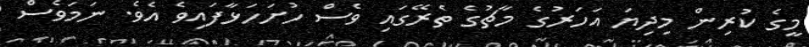
މީގެ ކުރިން މިދިޔަ އަހަރުގެ މާޗުގެ ތެރޭގައި ވެސް ހުށަހަޅާފައިވެ އެވެ. ނަމަވެސް